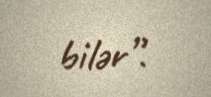
bilər”.